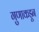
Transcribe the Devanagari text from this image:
गुणाकडून